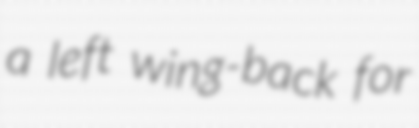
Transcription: a left wing-back for